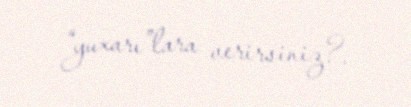
“yuxarı”lara verirsiniz?.